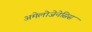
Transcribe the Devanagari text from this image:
अमेलोजेनेसिस